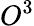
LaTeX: O^{3}